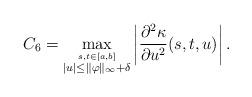
LaTeX: \begin{align*} C_{6} = \max_{\stackrel {s, t \in [a, b]}{|u| \leq \|\varphi \|_\infty + \delta }}\left | \frac {\partial^{2} \kappa } {\partial u^2} (s, t, u) \right |.\end{align*}